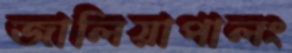
জালিয়াপালং